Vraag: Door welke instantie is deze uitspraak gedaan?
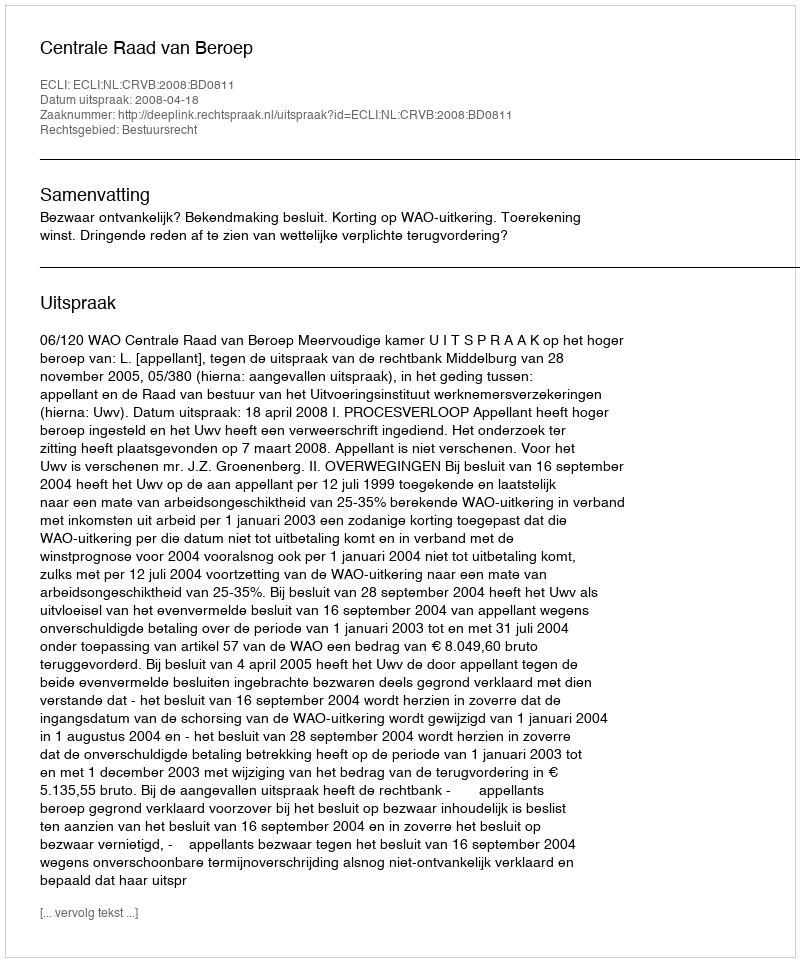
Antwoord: Centrale Raad van Beroep